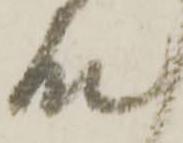
殿